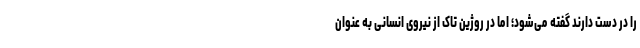
را در دست دارند گفته می‌شود؛ اما در روژین تاک از نیروی انسانی به عنوان